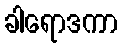
ခါရောဒကာ